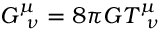
G _ { \, \, \, \nu } ^ { \mu } = 8 \pi G T _ { \, \, \, \nu } ^ { \mu }